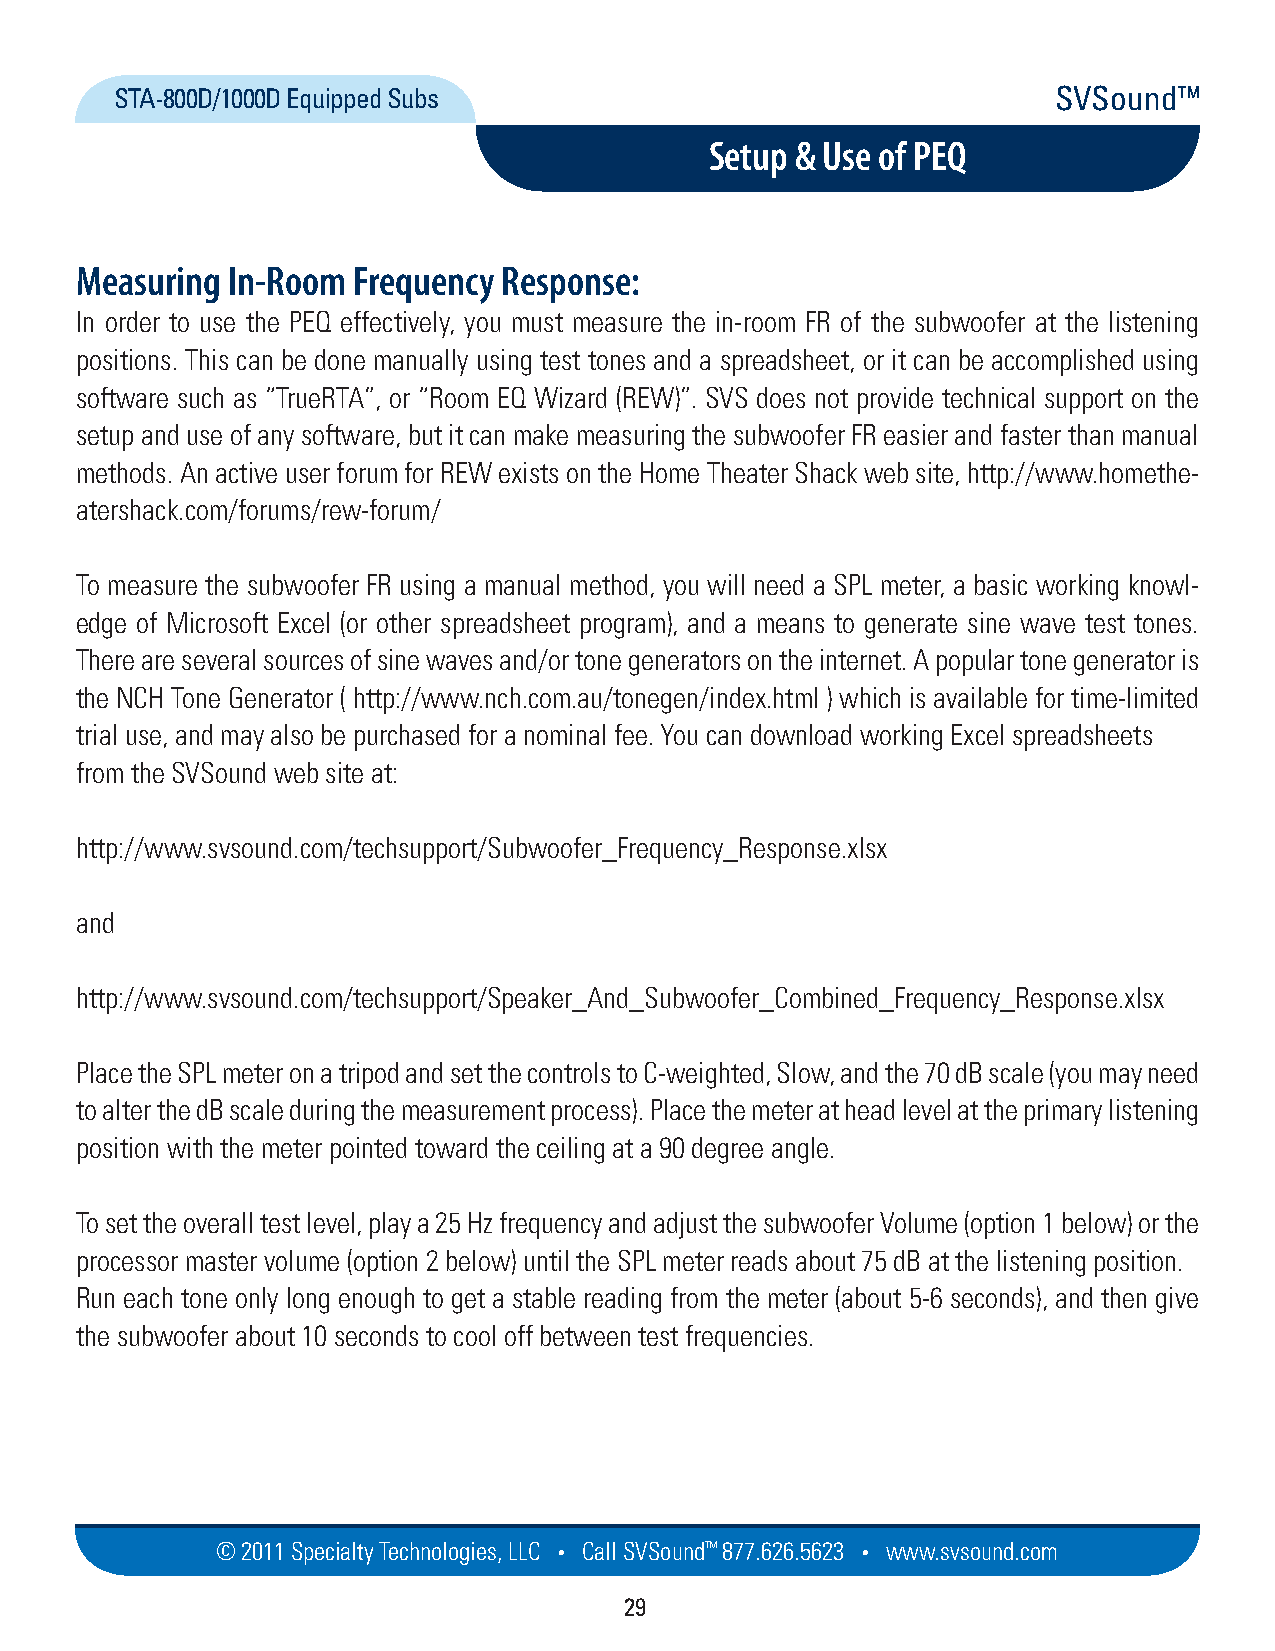
STA-800D/1000D Equipped Subs                                  SVSound™
 Setup & Use of PEQ
 Measuring In-Room Frequency Response:
 In order to use the PEQ effectively, you must measure the in-room FR of the subwoofer at the listening
 positions. This can be done manually using test tones and a spreadsheet, or it can be accomplished using
 software such as “TrueRTA”, or “Room EQ Wizard (REW)”. SVS does not provide technical support on the
 setup and use of any software, but it can make measuring the subwoofer FR easier and faster than manual
 methods. An active user forum for REW exists on the Home Theater Shack web site, http://www.homethe-
 atershack.com/forums/rew-forum/
 To measure the subwoofer FR using a manual method, you will need a SPL meter, a basic working knowl-
 edge of Microsoft Excel (or other spreadsheet program), and a means to generate sine wave test tones.
 There are several sources of sine waves and/or tone generators on the internet. A popular tone generator is
 the NCH Tone Generator ( http://www.nch.com.au/tonegen/index.html ) which is available for time-limited
 trial use, and may also be purchased for a nominal fee. You can download working Excel spreadsheets
 from the SVSound web site at:
 http://www.svsound.com/techsupport/Subwoofer_Frequency_Response.xlsx
 and
 http://www.svsound.com/techsupport/Speaker_And_Subwoofer_Combined_Frequency_Response.xlsx
 Place the SPL meter on a tripod and set the controls to C-weighted, Slow, and the 70 dB scale (you may need
 to alter the dB scale during the measurement process). Place the meter at head level at the primary listening
 position with the meter pointed toward the ceiling at a 90 degree angle.
 To set the overall test level, play a 25 Hz frequency and adjust the subwoofer Volume (option 1 below) or the
 processor master volume (option 2 below) until the SPL meter reads about 75 dB at the listening position.
 Run each tone only long enough to get a stable reading from the meter (about 5-6 seconds), and then give
 the subwoofer about 10 seconds to cool off between test frequencies.
 © 2011 Specialty Techno logies, LLC • Call SVSound™ 877.626.5623 • www.svs ou nd.com
 29